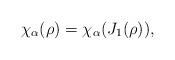
LaTeX: \begin{align*}\chi_\alpha(\rho) = \chi_\alpha(J_1(\rho)),\end{align*}